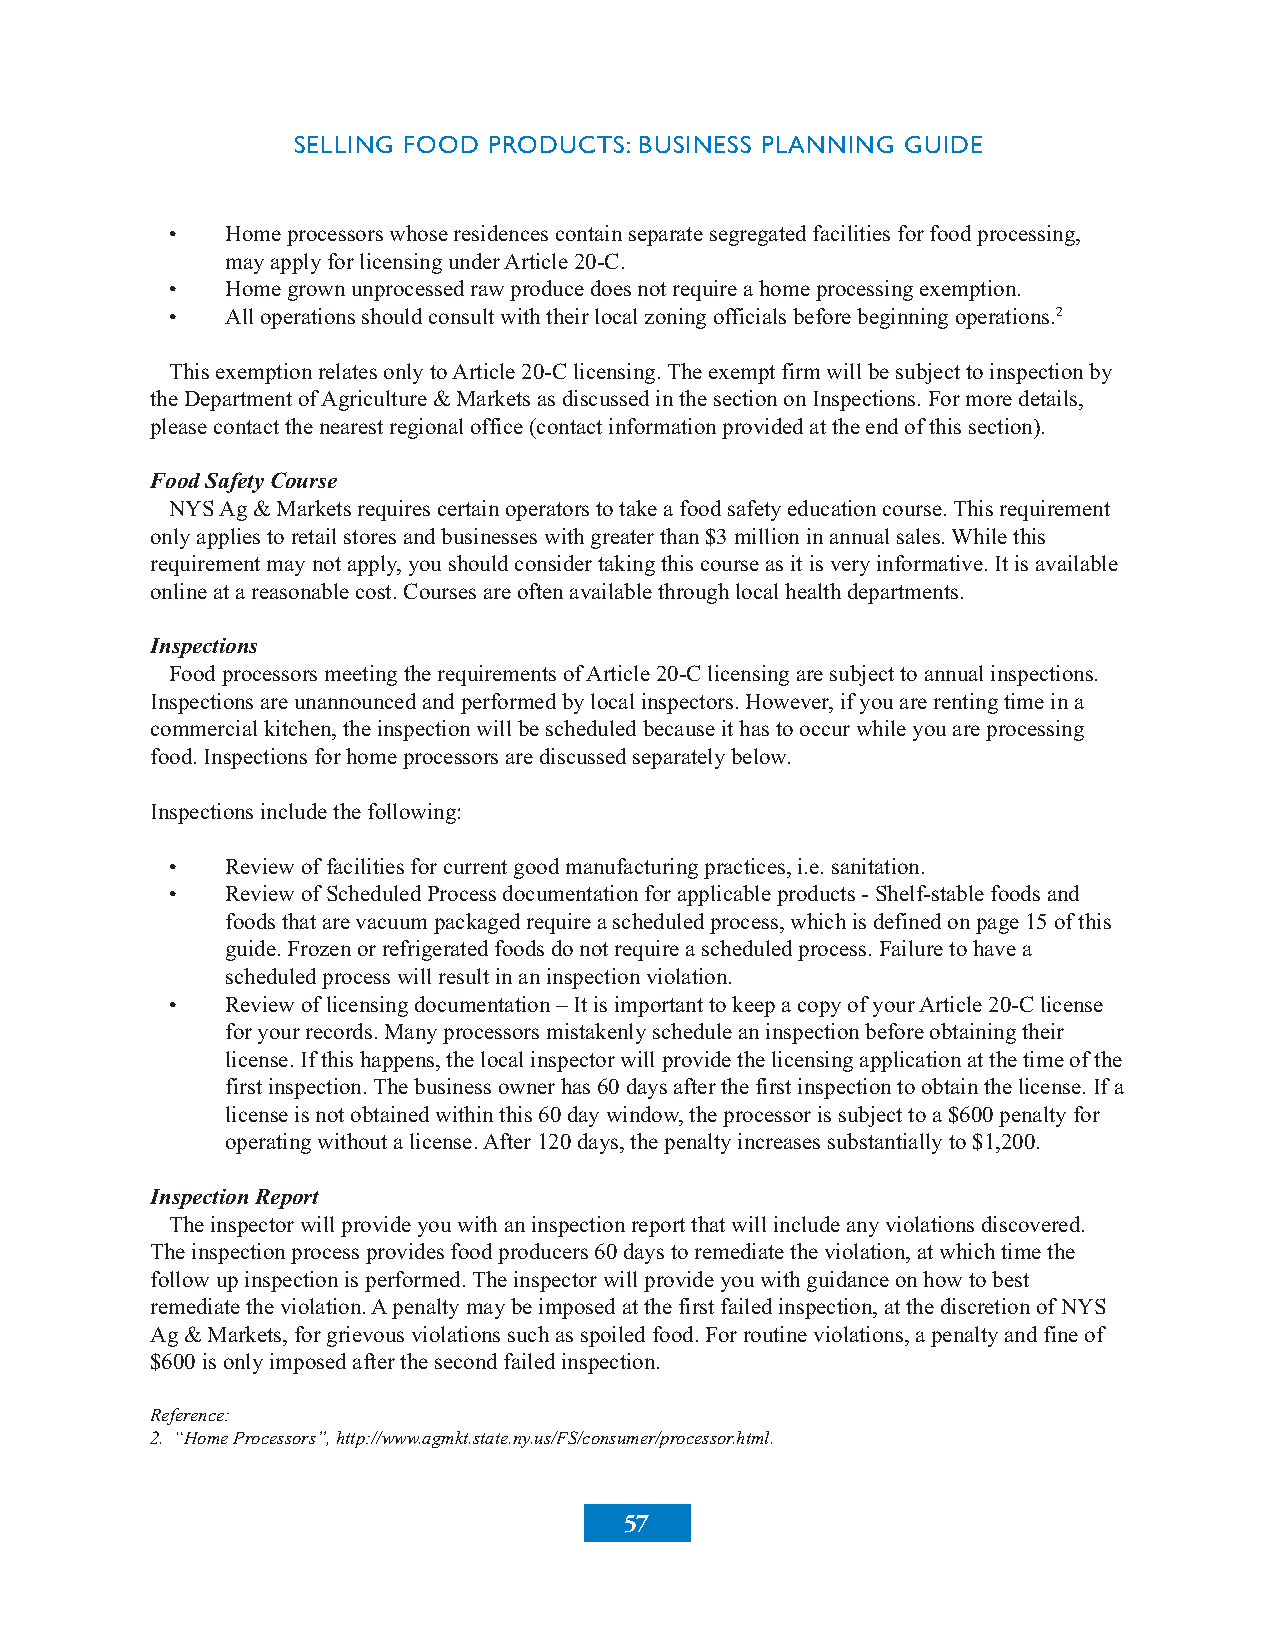
SELLING FOOD PRODUCTS: BUSINESS PLANNING GUIDE
 •   Homeprocessorswhoseresidencescontainseparatesegregatedfacilitiesforfoodprocessing,
 mayapplyforlicensingunderArticle20-C.
 •   Homegrownunprocessedrawproducedoesnotrequireahomeprocessingexemption.
 •   Alloperationsshouldconsultwiththeirlocalzoningofficialsbeforebeginningoperations.2
 ThisexemptionrelatesonlytoArticle20-Clicensing.Theexemptfirmwillbesubjecttoinspectionby
 theDepartmentofAgriculture&MarketsasdiscussedinthesectiononInspections.Formoredetails,
 pleasecontactthenearestregionaloffice(contactinformationprovidedattheendofthissection).
 FoodSafetyCourse
 NYSAg&Marketsrequirescertainoperatorstotakeafoodsafetyeducationcourse.Thisrequirement
 onlyappliestoretailstoresandbusinesseswithgreaterthan$3millioninannualsales.Whilethis
 requirementmaynotapply,youshouldconsidertakingthiscourseasitisveryinformative.Itisavailable
 onlineatareasonablecost.Coursesareoftenavailablethroughlocalhealthdepartments.
 Inspections
 FoodprocessorsmeetingtherequirementsofArticle20-Clicensingaresubjecttoannualinspections.
 Inspectionsareunannouncedandperformedbylocalinspectors.However,ifyouarerentingtimeina
 commercialkitchen,theinspectionwillbescheduledbecauseithastooccurwhileyouareprocessing
 food.Inspectionsforhomeprocessorsarediscussedseparatelybelow.
 Inspectionsincludethefollowing:
 •   Reviewoffacilitiesforcurrentgoodmanufacturingpractices,i.e.sanitation.
 •   ReviewofScheduledProcessdocumentationforapplicableproducts-Shelf-stablefoodsand
 foodsthatarevacuumpackagedrequireascheduledprocess,whichisdefinedonpage15ofthis
 guide.Frozenorrefrigeratedfoodsdonotrequireascheduledprocess.Failuretohavea
 scheduledprocesswillresultinaninspectionviolation.
 •   Reviewoflicensingdocumentation–ItisimportanttokeepacopyofyourArticle20-Clicense
 foryourrecords.Manyprocessorsmistakenlyscheduleaninspectionbeforeobtainingtheir
 license.Ifthishappens,thelocalinspectorwillprovidethelicensingapplicationatthetimeofthe
 firstinspection.Thebusinessownerhas60daysafterthefirstinspectiontoobtainthelicense.Ifa
 licenseisnotobtainedwithinthis60daywindow,theprocessorissubjecttoa$600penaltyfor
 operatingwithoutalicense.After120days,thepenaltyincreasessubstantiallyto$1,200.
 InspectionReport
 Theinspectorwillprovideyouwithaninspectionreportthatwillincludeanyviolationsdiscovered.
 Theinspectionprocessprovidesfoodproducers60daystoremediatetheviolation,atwhichtimethe
 followupinspectionisperformed.Theinspectorwillprovideyouwithguidanceonhowtobest
 remediatetheviolation.Apenaltymaybeimposedatthefirstfailedinspection,atthediscretionofNYS
 Ag&Markets,forgrievousviolationssuchasspoiledfood.Forroutineviolations,apenaltyandfineof
 $600isonlyimposedafterthesecondfailedinspection.
 Reference:
 2. “HomeProcessors”,http://www.agmkt.state.ny.us/FS/consumer/processor.html.
 57